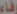
وفاء